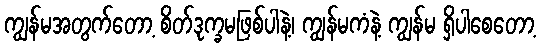
ကျွန်မအတွက်တော့ စိတ်ဒုက္ခမဖြစ်ပါနဲ့၊ ကျွန်မကံနဲ့ ကျွန်မ ရှိပါစေတော့